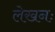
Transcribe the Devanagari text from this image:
लेखनः